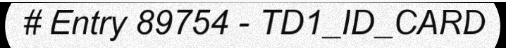
# Entry 89754 - TD1_ID_CARD